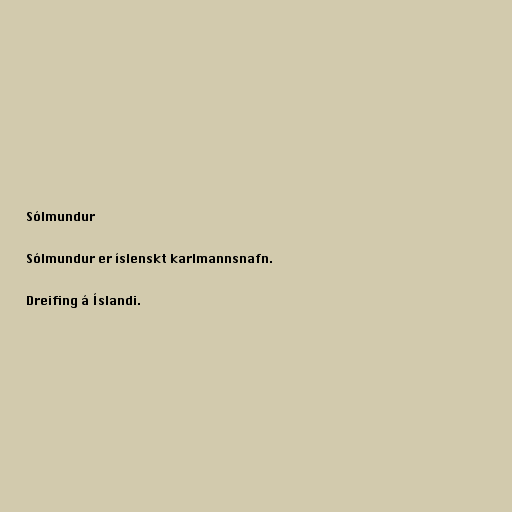
Sólmundur

Sólmundur er íslenskt karlmannsnafn.

Dreifing á Íslandi.